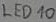
Text: LED10